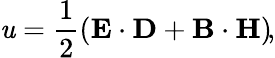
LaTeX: \mathit{u}={\frac{{1}}{{2}}}\! \left(\mathbf{{E}}\cdot\mathbf{{D}}+\mathbf{{B}}\cdot\mathbf{{H}}\right)\! ,